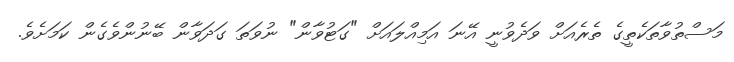
މަސްތުވާތަކެތީގެ ތެރެއަށް ވަދެވުނީ އޭނަ އަމިއްލައަށް "ގަޓުވާން" ނުވަތަ ގަދަވާން ބޭނުންވެގެން ކަމަށެވެ.